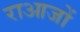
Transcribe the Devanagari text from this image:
राआजों